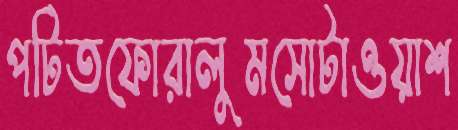
পটিতফোরালুমসোটাওয়াশ